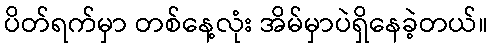
ပိတ်ရက်မှာ တစ်နေ့လုံး အိမ်မှာပဲရှိနေခဲ့တယ်။